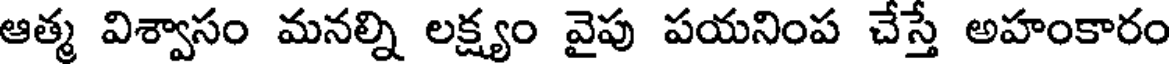
ఆత్మ విశ్వాసం మనల్ని లక్ష్యం వైప పయనింప చేస్తే అహంకారం